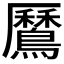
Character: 𪅼